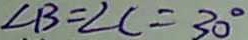
\angle B = \angle C = 3 0 ^ { \circ }